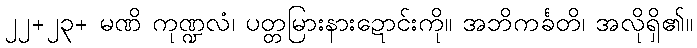
၂၂+၂၃+ မဏိ ကုဏ္ဍလံ၊ ပတ္တမြားနားဍောင်းကို။ အဘိကင်္ခတိ၊ အလိုရှိ၏။